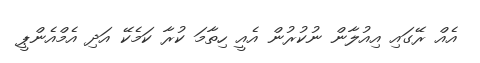
އެއް ރޭގައި އިއުލާން ނުކުރުން އެއީ ހިތާމަ ކުރާ ކަމެކޭ އަދި އެމްއެންޕީ